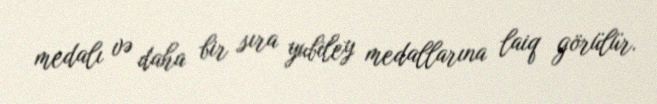
medalı və daha bir sıra yubiley medallarına laiq görülür.